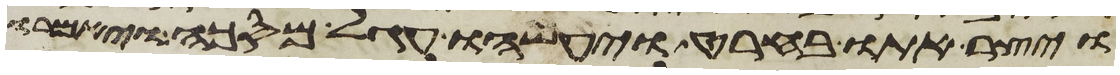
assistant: ויצר אתו בחרט ויעשהו עגל מסכה ויאמרו